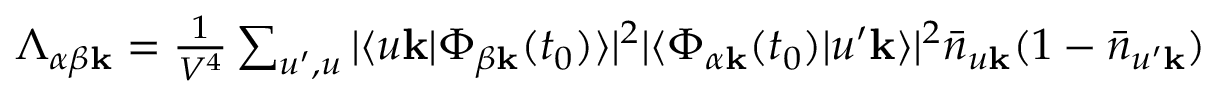
\begin{array} { r } { \Lambda _ { \alpha \beta \mathbf { k } } = \frac { 1 } { V ^ { 4 } } \sum _ { u ^ { \prime } , u } | \langle u \mathbf { k } | \Phi _ { \beta \mathbf { k } } ( t _ { 0 } ) \rangle | ^ { 2 } | \langle \Phi _ { \alpha \mathbf { k } } ( t _ { 0 } ) | u ^ { \prime } \mathbf { k } \rangle | ^ { 2 } \bar { n } _ { u \mathbf { k } } ( 1 - \bar { n } _ { u ^ { \prime } \mathbf { k } } ) } \end{array}